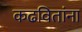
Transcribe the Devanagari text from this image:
कढवितांना